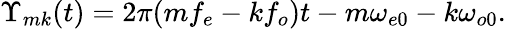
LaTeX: \Upsilon_{mk}(t)=2\pi(mf_{e}-kf_{o})t-m\omega_{e0}-k\omega_{o0}.